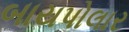
બાયપોલાર